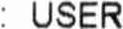
: USER